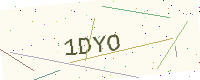
Text: 1DYO